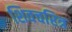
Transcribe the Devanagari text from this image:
शिवचरित्र